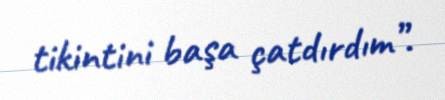
tikintini başa çatdırdım”.